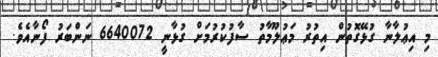
މި އިޢުލާނާ ގުޅޭގޮތުން އިތުރު މަޢުލޫމާތު ސާފުކުރުމަށް ގުޅާނީ 6640072 ނަންބަރު ފޯނާއެވެ.